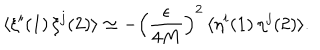
\langle \xi ^ { i } ( 1 ) \, \xi ^ { j } ( 2 ) \rangle \simeq - \Bigl ( \frac { \epsilon } { 4 M } \Bigr ) ^ { 2 } \, \langle \eta ^ { i } ( 1 ) \, \eta ^ { j } ( 2 ) \rangle .